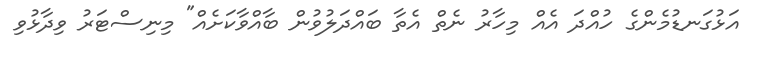
އަޅުގަނޑުމެންގެ ހުއްދަ އެއް މިހާރު ނެތް އެތާ ބައްދަލުވުން ބާއްވާކަށެއް" މިނިސްޓަރު ވިދާޅުވި